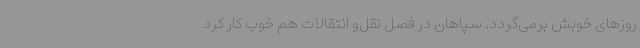
روزهای خوبش برمی‌گردد. سپاهان در فصل نقل‌و انتقالات هم خوب کار کرد